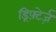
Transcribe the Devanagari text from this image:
ड्रिफ़्टेर्ज़